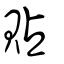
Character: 貼